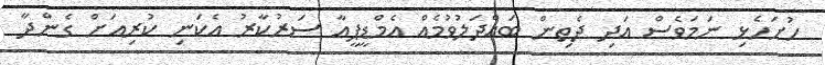
ހުށަހެޅި ނަމަވެސް އަދި ދެތިން ބައްދަލުވުމެއް އެމްޑީޕީއާ ސަރުކާރު އެކަނި ކުރިއަށް ގެންދާ